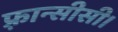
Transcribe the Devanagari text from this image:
फ़्रान्सीसी।